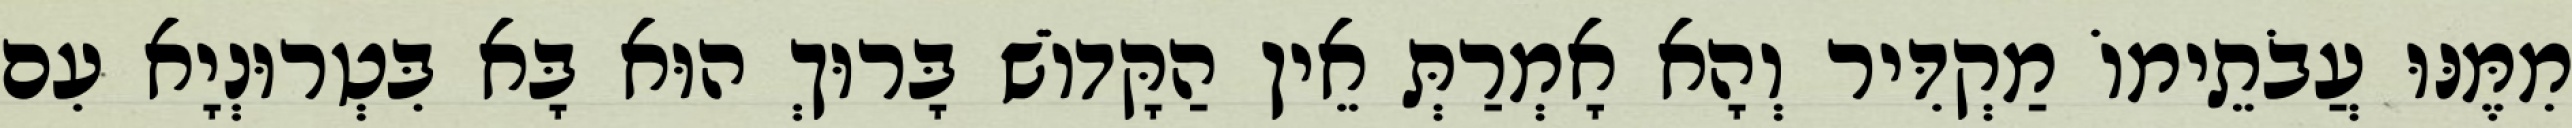
מִמֶּנּוּ עֲבֹתֵימוֹ מַקְדִּיר וְהָא אָמְרַתְּ אֵין הַקָּדוֹשׁ בָּרוּךְ הוּא בָּא בִּטְרוּנְיָא עִם